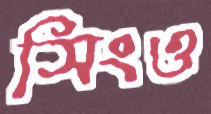
সিংও